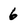
Character: 6